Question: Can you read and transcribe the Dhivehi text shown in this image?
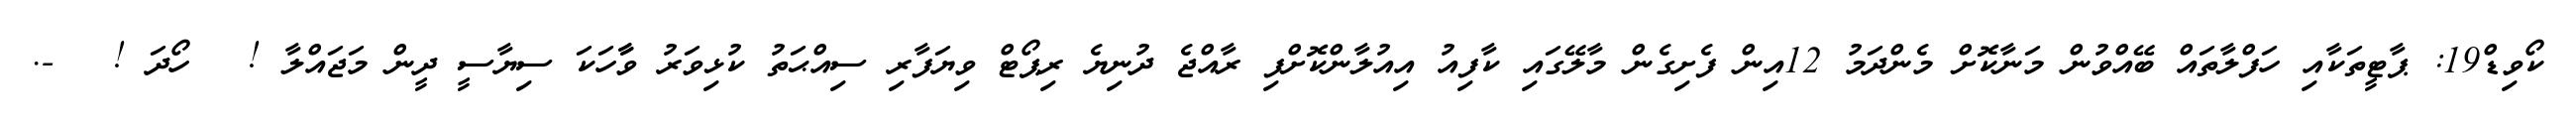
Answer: ކޯވިޑް19: ޕާޓީތަކާއި ހަފްލާތައް ބޭއްވުން މަނާކޮށް މެންދަމު 12އިން ފެށިގެން މާލޭގައި ކާފިއު އިއުލާންކޮށްފި ރާއްޖެ ދުނިޔެ ރިޕޯޓް ވިޔަފާރި ސިއްޙަތު ކުޅިވަރު ވާާހަކަ ސިޔާސީ ދީން މަޖައްލާ ! ? ހޯދަ ! ? -.